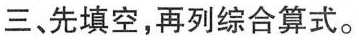
三、先填空，再列综合算式。